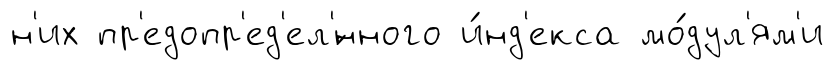
н'их пр'едопр'ед'ел'́нного и́нд'екса мо́дул'ям'и